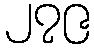
၂၇၉